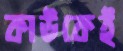
কাউকেই